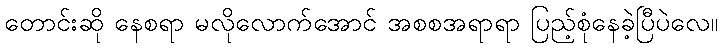
တောင်းဆို နေစရာ မလိုလောက်အောင် အစစအရာရာ ပြည့်စုံနေခဲ့ပြီပဲလေ။